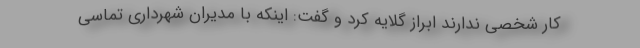
کار شخصی ندارند ابراز گلایه‌ کرد و گفت: اینکه با مدیران شهرداری تماسی